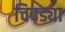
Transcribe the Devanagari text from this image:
चिवड्या